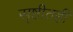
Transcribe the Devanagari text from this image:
सृष्टीतही